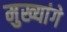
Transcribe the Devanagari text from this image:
मुख्यांगे